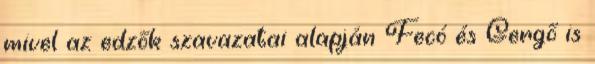
mivel az edzők szavazatai alapján Fecó és Gergő is